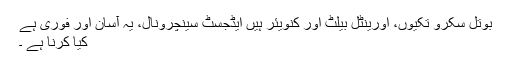
بوتل سکرو تکیوں، اورینٹل بیلٹ اور کنویئر ہیں ایڈجسٹ سینچرونال، یہ آسان اور فوری ہے
کیا کرنا ہے ۔